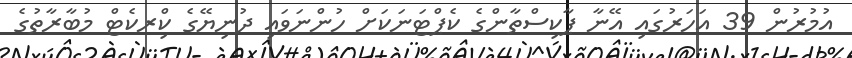
އުމުރުން 39 އަހަރުގައި އޭނާ ޕާކިސްތާންގެ ކެޕްޓަނަކަށް ހުންނަވައި ދުނިޔޭގެ ކްިރކެޓް މުބާރާތުގެ